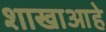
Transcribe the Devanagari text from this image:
शाखाआहे